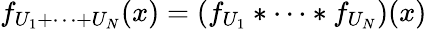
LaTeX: f_{U_{1}+\cdots+U_{N}}(x)=\left(f_{U_{1}}*\cdots*f_{U_{N}}\right)(x)